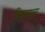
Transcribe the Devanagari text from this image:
थिरुनाळ